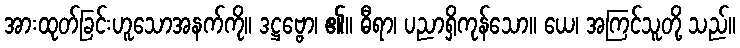
အားထုတ်ခြင်းဟူသောအနက်ကို။ ဒဋ္ဌဗ္ဗော၊ ၏။ ဓီရာ၊ ပညာရှိကုန်သော။ ယေ၊ အကြင်သူတို့ သည်။